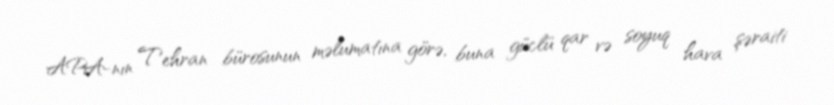
APA-nın Tehran bürosunun məlumatına görə, buna güclü qar və soyuq hava şəraiti